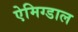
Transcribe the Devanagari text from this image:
ऐमिग्डाल